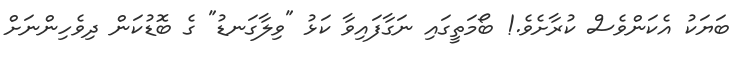
ބަޔަކު އެކަންވެސް ކުރާށެވެ.! ބޯމަތީގައި ނަގާފައިވާ ކަޅު "ވިލާގަނޑު" ގެ ބޮޑުކަން ދިވެހިންނަށް